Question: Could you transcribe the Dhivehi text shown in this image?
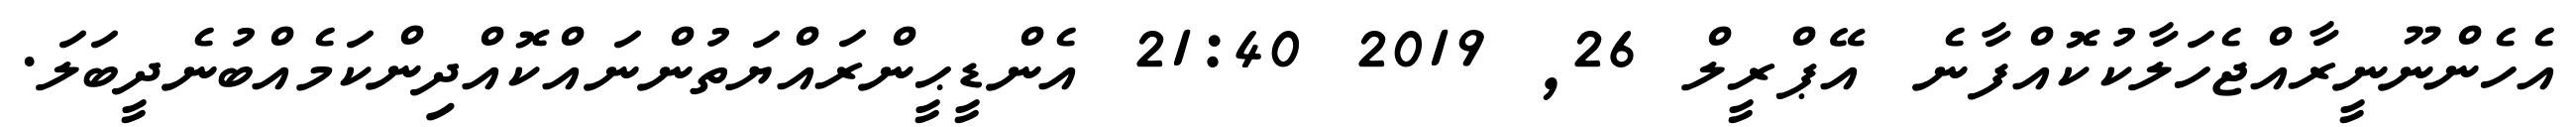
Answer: އެހެންނޫނީރާއްޖެހަލާކުކޮއްފާނެ އޭޕްރީލް 26, 2019 21:40 އެންޑީޙީންރައްޔަތުންނައްކޮއްދިންކަމެއްބުނެދީބަލަ.